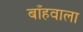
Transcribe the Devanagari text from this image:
बाँहवाला